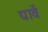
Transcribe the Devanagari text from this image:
द्यावें